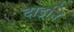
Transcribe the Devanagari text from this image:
दाइनि